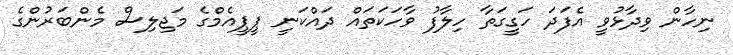
ނިހާން ވިދާޅުވީ އެފަދަ ހަގީގަތާ ހިލާފު ވާހަކަތައް ދައްކަނީ ޕީޕީއެމްގެ މަޖިލިސް މެންބަރުންގެ